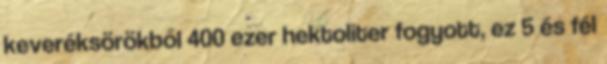
keveréksörökből 400 ezer hektoliter fogyott, ez 5 és fél